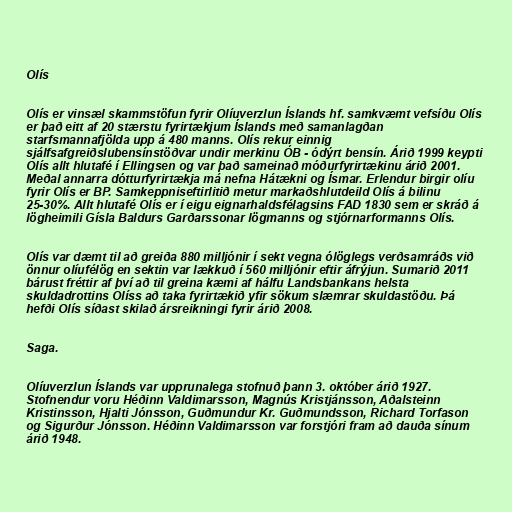
Olís

Olís er vinsæl skammstöfun fyrir Olíuverzlun Íslands hf. samkvæmt vefsíðu Olís
er það eitt af 20 stærstu fyrirtækjum Íslands með samanlagðan
starfsmannafjölda upp á 480 manns. Olís rekur einnig
sjálfsafgreiðslubensínstöðvar undir merkinu ÓB - ódýrt bensín. Árið 1999 keypti
Olís allt hlutafé í Ellingsen og var það sameinað móðurfyrirtækinu árið 2001.
Meðal annarra dótturfyrirtækja má nefna Hátækni og Ísmar. Erlendur birgir olíu
fyrir Olís er BP. Samkeppniseftirlitið metur markaðshlutdeild Olís á bilinu
25-30%. Allt hlutafé Olís er í eigu eignarhaldsfélagsins FAD 1830 sem er skráð á
lögheimili Gísla Baldurs Garðarssonar lögmanns og stjórnarformanns Olís.

Olís var dæmt til að greiða 880 milljónir í sekt vegna ólöglegs verðsamráðs við
önnur olíufélög en sektin var lækkuð í 560 milljónir eftir áfrýjun. Sumarið 2011
bárust fréttir af því að til greina kæmi af hálfu Landsbankans helsta
skuldadrottins Olíss að taka fyrirtækið yfir sökum slæmrar skuldastöðu. Þá
hefði Olís síðast skilað ársreikningi fyrir árið 2008.

Saga.

Olíuverzlun Íslands var upprunalega stofnuð þann 3. október árið 1927.
Stofnendur voru Héðinn Valdimarsson, Magnús Kristjánsson, Aðalsteinn
Kristinsson, Hjalti Jónsson, Guðmundur Kr. Guðmundsson, Richard Torfason
og Sigurður Jónsson. Héðinn Valdimarsson var forstjóri fram að dauða sínum
árið 1948.